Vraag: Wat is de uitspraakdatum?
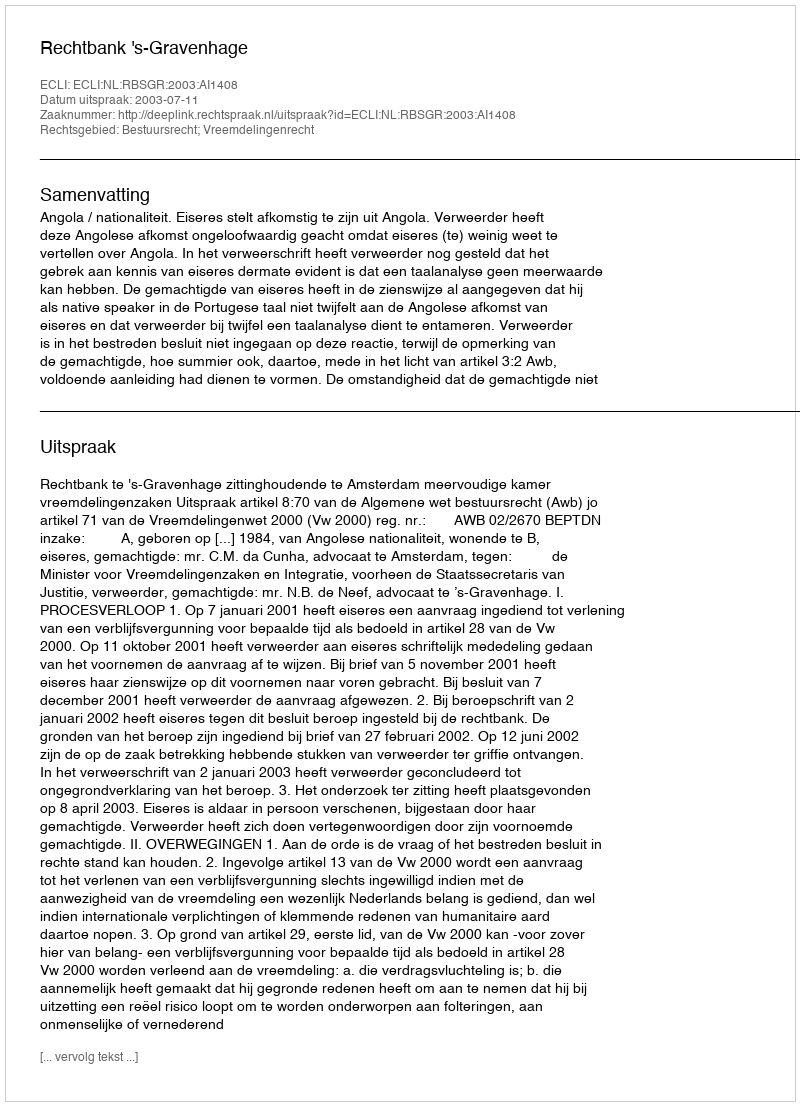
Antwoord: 2003-07-11